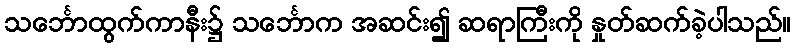
သင်္ဘောထွက်ကာနီး၌ သင်္ဘောက အဆင်း၍ ဆရာကြီးကို နှုတ်ဆက်ခဲ့ပါသည်။